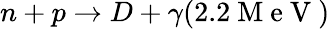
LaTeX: n+p\to D+\gamma(2.2\mathrm{~M~e~V~})